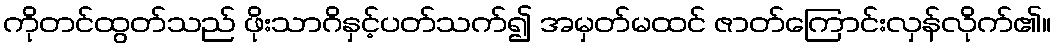
ကိုတင်ထွတ်သည် ဖိုးသာဂိနှင့်ပတ်သက်၍ အမှတ်မထင် ဇာတ်ကြောင်းလှန်လိုက်၏။